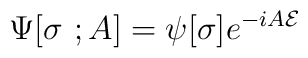
\Psi[\sigma\ ;A]=\psi[\sigma]e^{-iA{\cal E}}